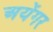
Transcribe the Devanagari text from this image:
अयेंगर